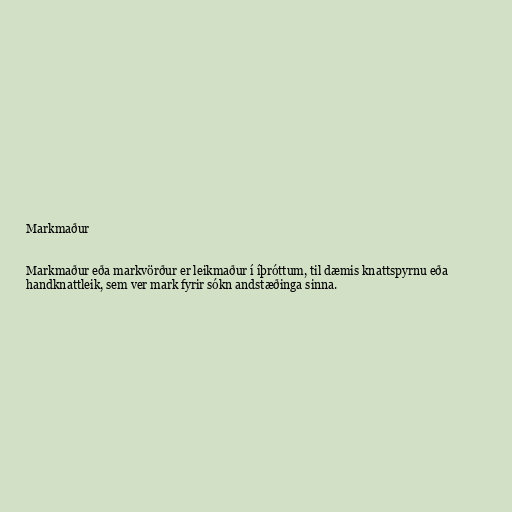
Markmaður

Markmaður eða markvörður er leikmaður í íþróttum, til dæmis knattspyrnu eða
handknattleik, sem ver mark fyrir sókn andstæðinga sinna.